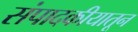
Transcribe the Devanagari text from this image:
संपादकीयातून